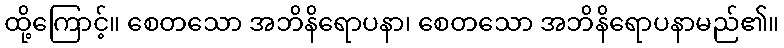
ထို့ကြောင့်။ စေတသော အဘိနိရောပနာ၊ စေတသော အဘိနိရောပနာမည်၏။